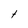
Character: t